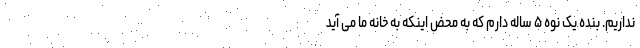
نداریم. بنده یک نوه ۵ ساله دارم که به محض اینکه به خانه ما می آید